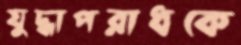
যুদ্ধাপরাধকে